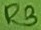
Text: R3